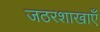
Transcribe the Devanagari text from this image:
जठरशाखाएँ